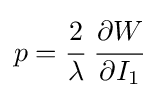
p={\cfrac {2}{\lambda }}~{\cfrac {\partial W}{\partial I_{1}}}~